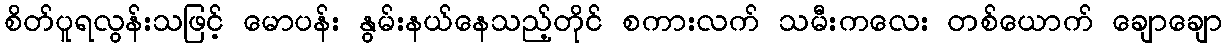
စိတ်ပူရလွန်းသဖြင့် မောပန်း နွမ်းနယ်နေသည့်တိုင် စကားလက် သမီးကလေး တစ်ယောက် ချောချော